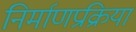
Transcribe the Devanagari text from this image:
निर्माणप्रक्रिया